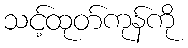
သင့်ထုတ်ကုန်ကို